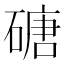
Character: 磄